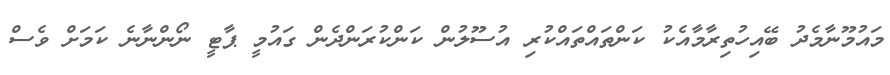
މައުމޫނާމެދު ބޭއިހުތިރާމާއެކު ކަންތައްތައްކުރި އުސޫލުން ކަންކުރަންދެން ގައުމީ ޕާޓީ ނޯންނާނެ ކަމަށް ވެސް